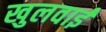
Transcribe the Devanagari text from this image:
खुलवाई